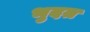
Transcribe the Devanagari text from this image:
भुदत